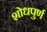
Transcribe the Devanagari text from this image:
शोधपुर्ण